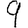
Digit: 9